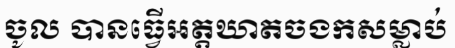
ចូល បានធ្វើអត្តឃាតចងកសម្លាប់